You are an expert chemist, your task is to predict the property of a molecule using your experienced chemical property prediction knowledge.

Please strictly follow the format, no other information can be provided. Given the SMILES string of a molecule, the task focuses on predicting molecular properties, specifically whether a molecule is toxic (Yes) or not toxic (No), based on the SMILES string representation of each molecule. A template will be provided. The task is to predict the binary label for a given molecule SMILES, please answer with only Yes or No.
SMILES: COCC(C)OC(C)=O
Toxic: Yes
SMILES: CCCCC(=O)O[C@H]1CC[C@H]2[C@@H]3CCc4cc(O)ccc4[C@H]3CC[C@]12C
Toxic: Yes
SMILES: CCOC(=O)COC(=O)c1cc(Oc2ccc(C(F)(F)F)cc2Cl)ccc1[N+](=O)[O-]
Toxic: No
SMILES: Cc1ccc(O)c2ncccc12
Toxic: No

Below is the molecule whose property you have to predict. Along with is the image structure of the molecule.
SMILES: C=CCOC(=O)C(=C)C
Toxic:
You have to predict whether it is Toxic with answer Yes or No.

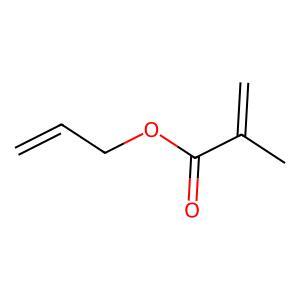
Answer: No